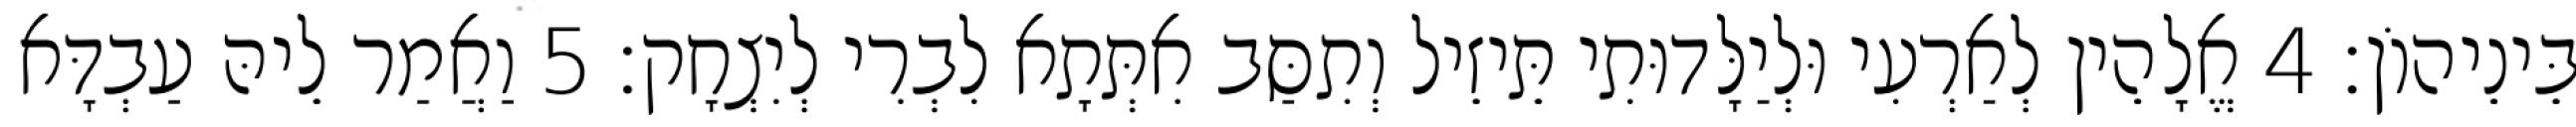
בֵּינֵיהוֹן׃ 4 אֱלָהֵין לְאַרְעִי וּלְיַלָּדוּתִי תֵּיזֵיל וְתִסַּב אִתְּתָא לִבְרִי לְיִצְחָק׃ 5 וַאֲמַר לֵיהּ עַבְדָּא